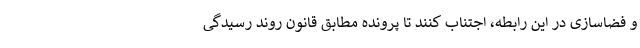
و فضاسازی در این رابطه، اجتناب کنند تا پرونده مطابق قانون روند رسیدگی